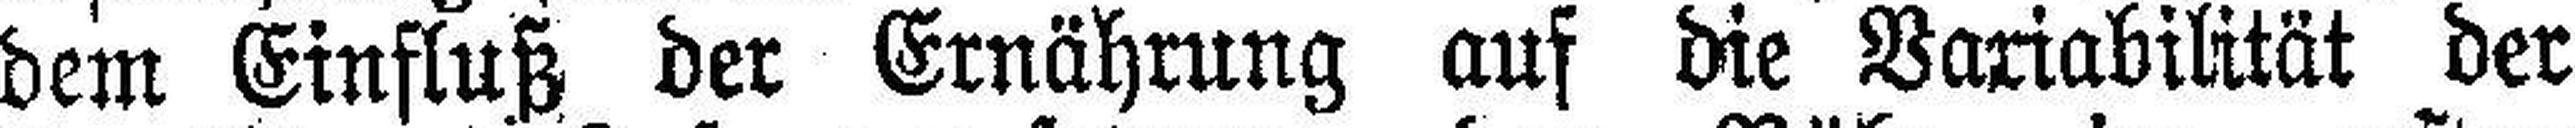
dem Einfluß der Ernährung auf die Variabilität der